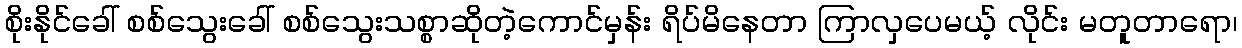
စိုးနိုင်ခေါ် စစ်သွေးခေါ် စစ်သွေးသစ္စာဆိုတဲ့ကောင်မှန်း ရိပ်မိနေတာ ကြာလှပေမယ့် လိုင်း မတူတာရော၊